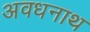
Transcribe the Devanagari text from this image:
अवधनाथ